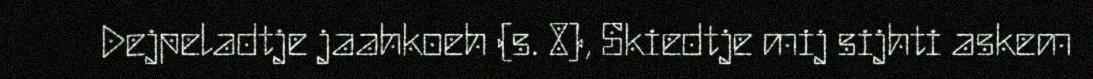
Dejpeladtje jaahkoeh (s. 8), Skiedtje mij sijhti askem